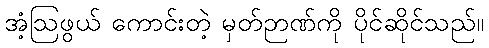
အံ့ဩဖွယ် ကောင်းတဲ့ မှတ်ဉာဏ်ကို ပိုင်ဆိုင်သည်။